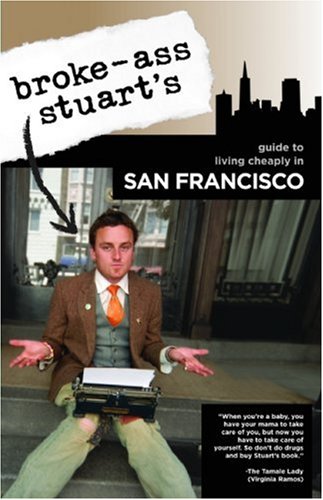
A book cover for Broke-Ass Stuart's Guide to Living Cheaply in San Francisco; Broke-Ass Stuart; Travel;